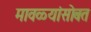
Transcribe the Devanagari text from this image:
मावळ्यांसोबत